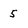
Character: 5